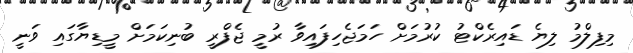
މިފިލްމު ލިޔެ ޑައިރެކްޓު ކުރުމަށް ހަމަޖެހިފައިވާ ރުމީ ޖެފްރީ ބުނިކަމަށް މީޑިޔާގައި ވަނީ